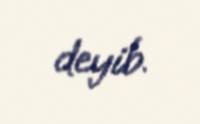
deyib.